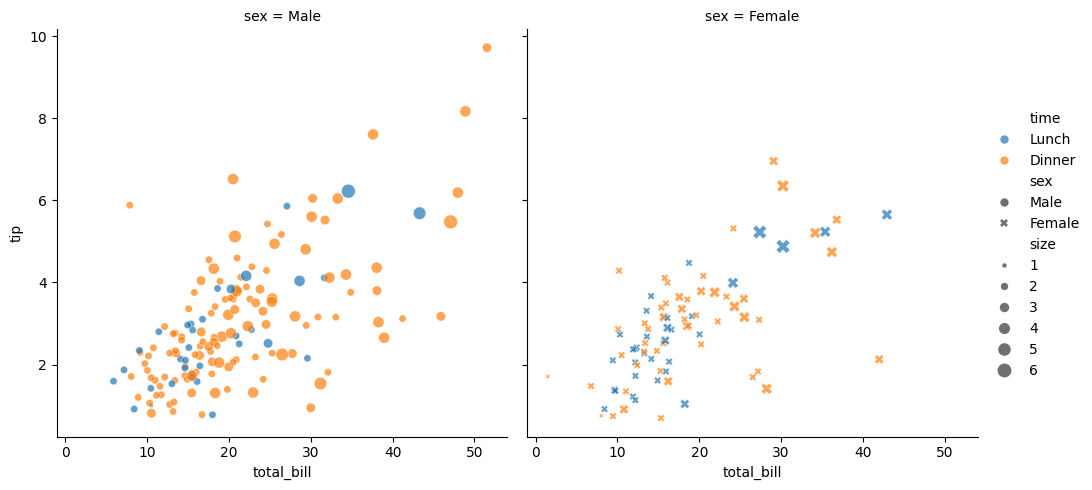
python, seaborn, relplot, alpha=0.7